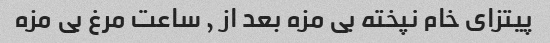
پیتزای خام نپخته بی مزه بعد از ٫ ساعت مرغ بی مزه